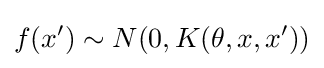
f(x')\sim N(0,K(\theta ,x,x'))